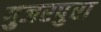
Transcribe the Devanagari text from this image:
गुजरपुरा